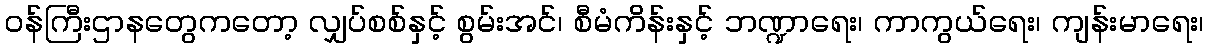
၀န်ကြီးဌာနတွေကတော့ လျှပ်စစ်နှင့် စွမ်းအင်၊ စီမံကိန်းနှင့် ဘဏ္ဍာရေး၊ ကာကွယ်ရေး၊ ကျန်းမာရေး၊